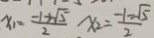
x _ { 1 } = \frac { - 1 + \sqrt { 5 } } { 2 } x _ { 2 } = \frac { - 1 - \sqrt { 5 } } { 2 }